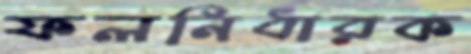
ফলনির্ধারক